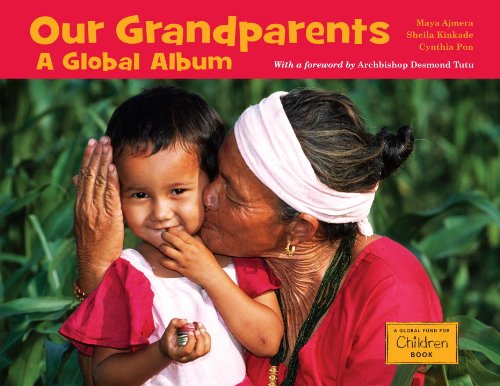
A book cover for Our Grandparents: A Global Album (Global Fund for Children Books); Maya Ajmera; Parenting & Relationships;